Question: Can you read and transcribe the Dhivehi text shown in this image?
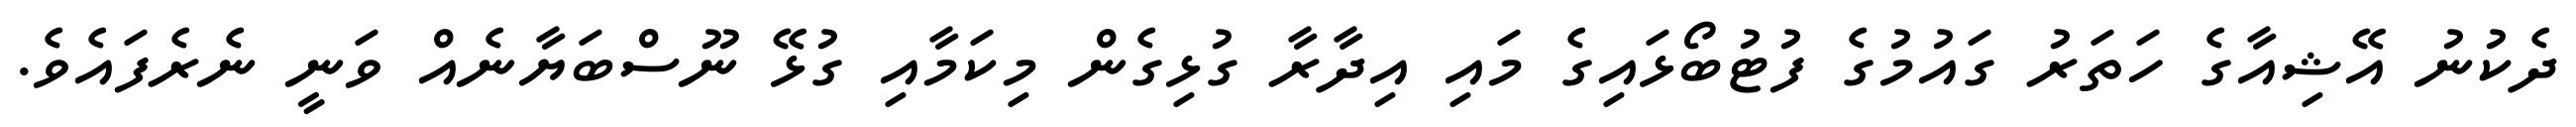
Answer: ދެކުނު އޭޝިއާގެ ހަތަރު ގައުމުގެ ފުޓުބޯޅައިގެ މައި އިދާރާ ގުޅިގެން މިކަމާއި ގުޅޭ ނޫސްބަޔާނެއް ވަނީ ނެރެފައެވެ.